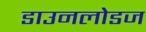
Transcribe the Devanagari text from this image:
डाउनलोडज